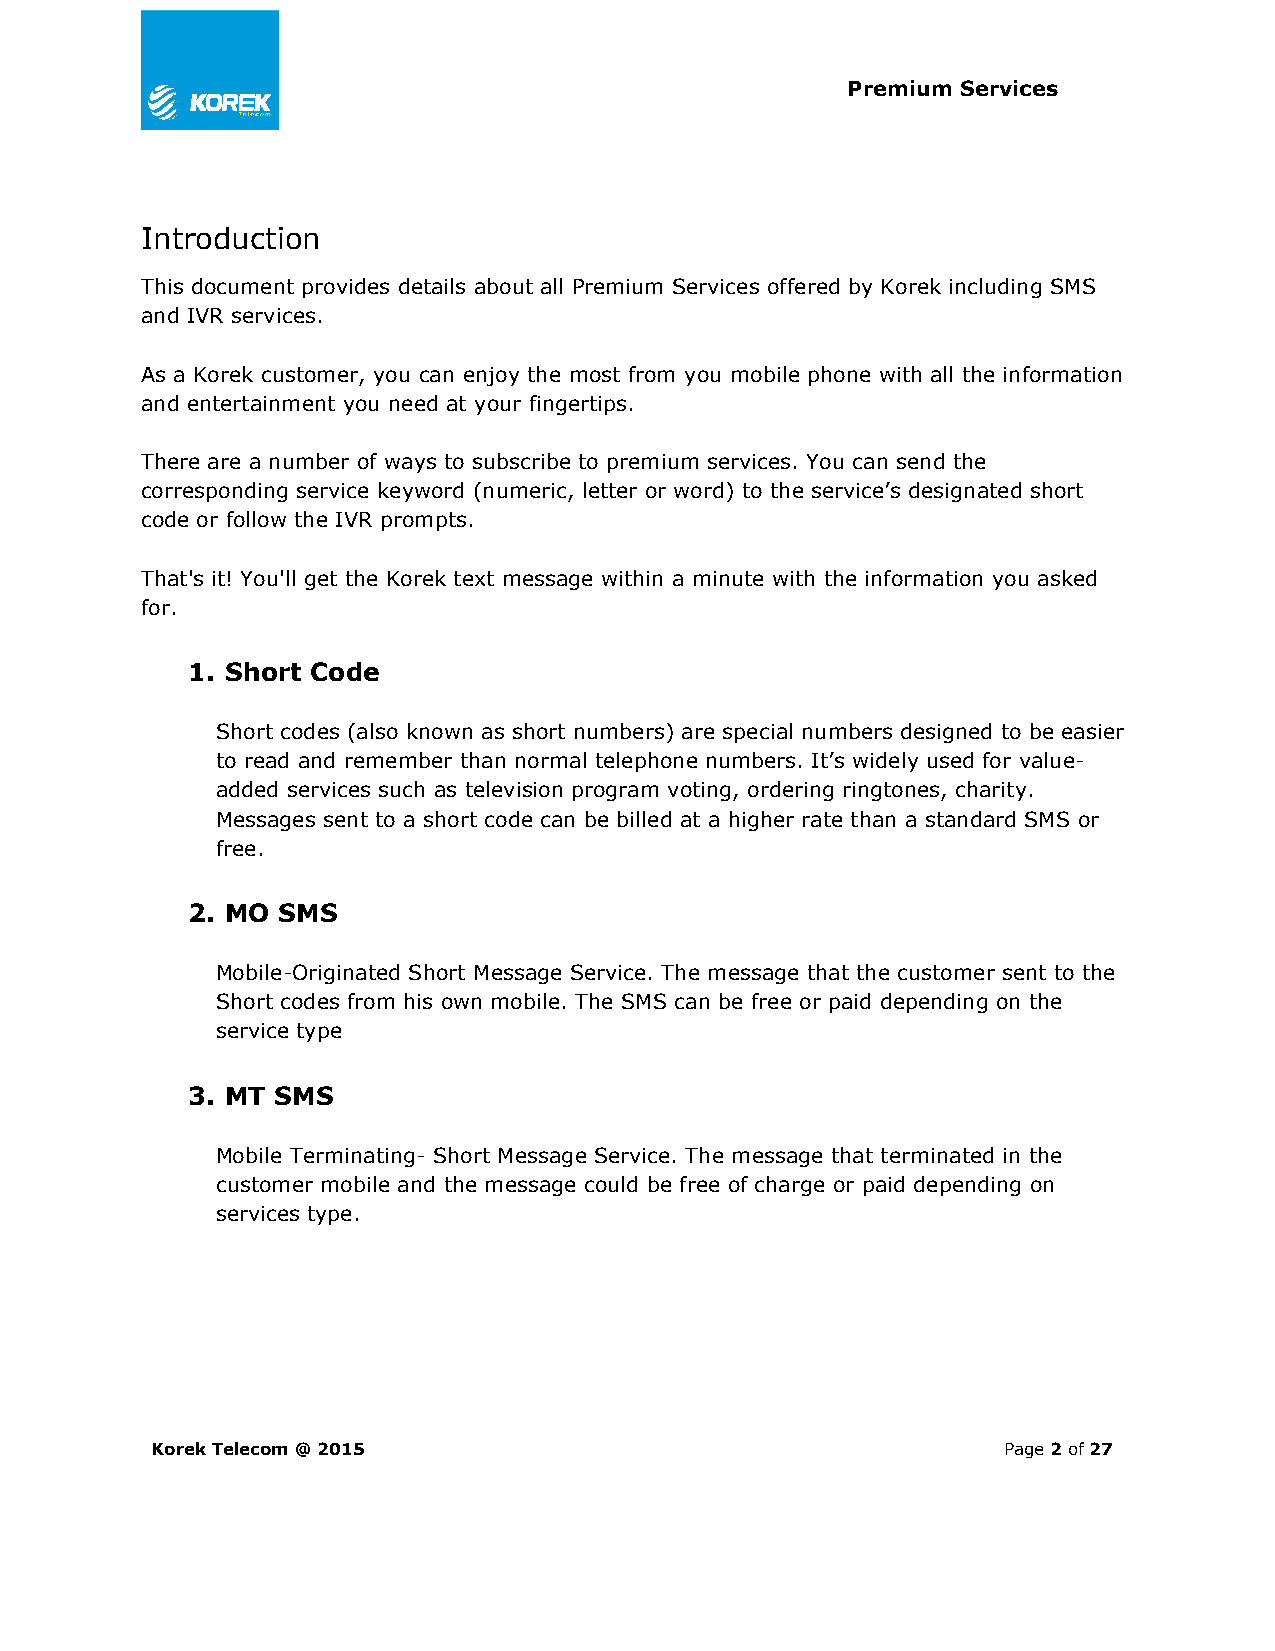
Premium Services
 Introduction
 This document provides details about all Premium Services offered by Korek including SMS
 and IVR services.
 As a Korek customer, you can enjoy the most from you mobile phone with all the information
 and entertainment you need at your fingertips.
 There are a number of ways to subscribe to premium services. You can send the
 corresponding service keyword (numeric, letter or word) to the service’s designated short
 code or follow the IVR prompts.
 That's it! You'll get the Korek text message within a minute with the information you asked
 for.
 1. Short Code
 Short codes (also known as short numbers) are special numbers designed to be easier
 to read and remember than normal telephone numbers. It’s widely used for value-
 added services such as television program voting, ordering ringtones, charity.
 Messages sent to a short code can be billed at a higher rate than a standard SMS or
 free.
 2. MO SMS
 Mobile-Originated Short Message Service. The message that the customer sent to the
 Short codes from his own mobile. The SMS can be free or paid depending on the
 service type
 3. MT SMS
 Mobile Terminating- Short Message Service. The message that terminated in the
 customer mobile and the message could be free of charge or paid depending on
 services type.
 Korek Telecom @ 2015                                    Page 2 of 27